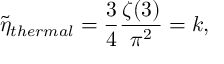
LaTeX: { \tilde { \eta } } _ { t h e r m a l } = { \frac { 3 } { 4 } } { \frac { \zeta ( 3 ) } { \pi ^ { 2 } } } = k ,